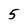
Character: 5